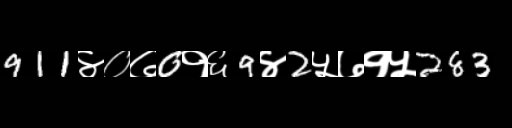
Text: 911४०७0१६9४2५७१५283